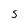
Character: S